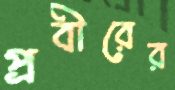
প্রবীরের